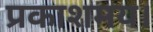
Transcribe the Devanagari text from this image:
प्रकाशमय।